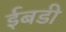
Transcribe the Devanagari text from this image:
ईबडी